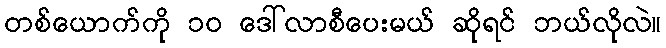
တစ်ယောက်ကို ၁၀ ဒေါ်လာစီပေးမယ် ဆိုရင် ဘယ်လိုလဲ။